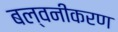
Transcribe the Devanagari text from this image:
बल्वनीकरण